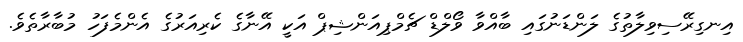
އިނގިރޭސިވިލާތުގެ ލަންޑަނުގައި ބާއްވާ ވޯލްޑް ޗެމްޕިއަންޝިޕް އަކީ އޭނާގެ ކެރިއަރުގެ އެންމެފަހު މުބާރާތެވެ.